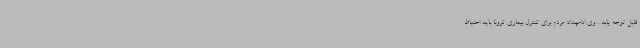
قابل توجه یابد . وی ادامهداد: مردم برای کنترل بیماری کرونا باید احتیاط